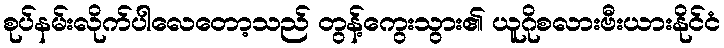
စုပ်နမ်းလိုက်ပါလေတော့သည် တွန့်ကွေးသွား၏ ယူဂိုစလားဗီးယားနိုင်ငံ